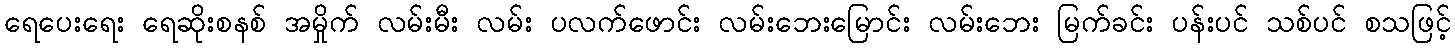
ရေပေးရေး ရေဆိုးစနစ် အမှိုက် လမ်းမီး လမ်း ပလက်ဖောင်း လမ်းဘေးမြောင်း လမ်းဘေး မြက်ခင်း ပန်းပင် သစ်ပင် စသဖြင့်